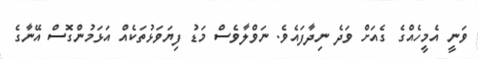
ވަނީ އެމީހެއްގެ ގެއަށް ވަދެ ނިދާފައެވެ. ނަވްލާވެސް މަޑު ފިޔަވަޅުތަކެއް އަޅަމުންގޮސް އޭނާގެ